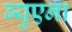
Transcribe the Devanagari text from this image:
ब्युएना